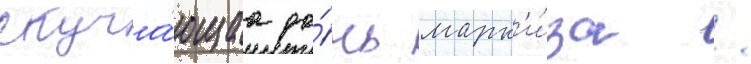
Скуча́ющаа до́чь марк'и́за /